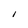
Character: I